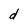
Character: d